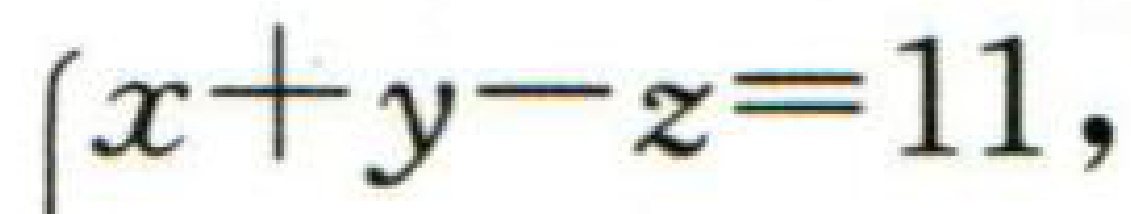
$\left\{\begin{array}{l}x + y - z = 11,\end{array}\right.$